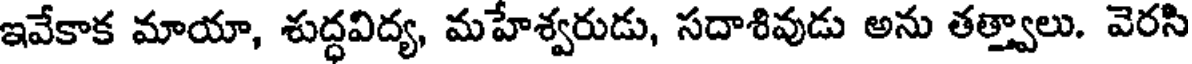
ఇవేకాక మాయా, శుద్ధవిద్య, మహేశ్వరుడు, సదాశివుడు అను తత్త్వాలు. వెరసి